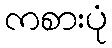
ကစားပုံ